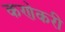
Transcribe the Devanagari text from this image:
कणेकरी